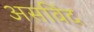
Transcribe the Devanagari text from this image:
असविंद